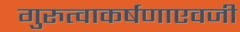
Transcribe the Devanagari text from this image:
गुरुत्वाकर्षणाएवजी